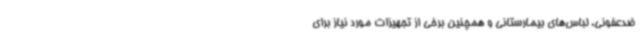
ضدعفونی، لباس‌های بیمارستانی و همچنین برخی از تجهیزات مورد نیاز برای